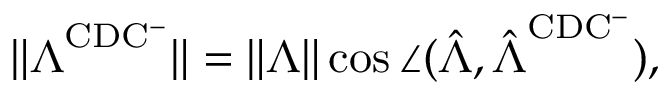
\lVert \boldsymbol { \Lambda } ^ { \mathrm { C D C ^ { - } } } \rVert = \lVert \boldsymbol { \Lambda } \rVert \cos \angle ( \hat { \boldsymbol { \Lambda } } , \hat { \boldsymbol { \Lambda } } ^ { \mathrm { C D C ^ { - } } } ) ,